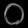
Digit: ၀